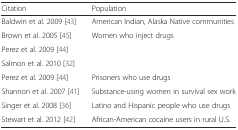
| Citation | Population |
 | --- | --- |
 | Baldwin et al. 2009 [43] | American Indian, Alaska Native communities |
 | Brown et al. 2005 [45] | <ROWSPAN=3> Women who inject drugs |
 | Perez et al. 2009 [44] |
 | Salmon et al. 2010 [32] |
 | Perez et al. 2009 [44] | Prisoners who use drugs |
 | Shannon et al. 2007 [41] | Substance-using women in survival sex work |
 | Singer et al. 2008 [36] | Latino and Hispanic people who use drugs |
 | Stewart et al. 2012 [42] | African-American cocaine users in rural U.S. |